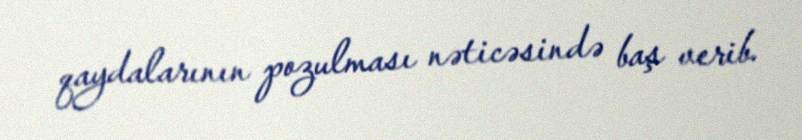
qaydalarının pozulması nəticəsində baş verib.